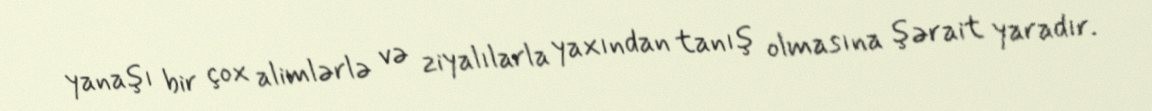
yanaşı bir çox alimlərlə və ziyalılarla yaxından tanış olmasına şərait yaradır.